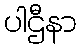
ပါဌီနာ